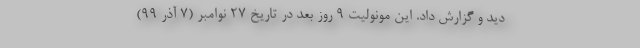
دید و گزارش داد. این مونولیت ۹ روز بعد در تاریخ ۲۷ نوامبر (۷ آذر ۹۹)